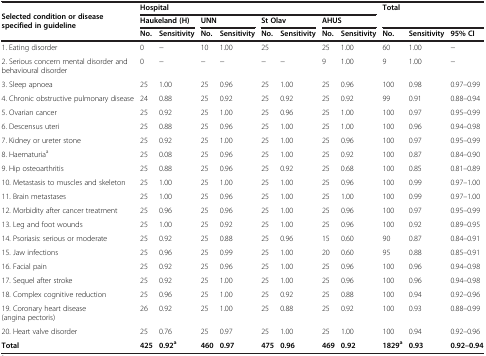
<table><thead><tr><td rowspan="3"><b>Selected condition or disease specified in guideline</b></td><td colspan="8"><b>Hospital</b></td><td rowspan="2" colspan="3"><b>Total</b></td></tr><tr><td colspan="2"><b>Haukeland (H)</b></td><td colspan="2"><b>UNN</b></td><td colspan="2"><b>St Olav</b></td><td colspan="2"><b>AHUS</b></td></tr><tr><td><b>No.</b></td><td><b>Sensitivity</b></td><td><b>No.</b></td><td><b>Sensitivity</b></td><td><b>No.</b></td><td><b>Sensitivity</b></td><td><b>No.</b></td><td><b>Sensitivity</b></td><td><b>No.</b></td><td><b>Sensitivity</b></td><td><b>95% CI</b></td></tr></thead><tbody><tr><td>1. Eating disorder</td><td>0</td><td>−</td><td>10</td><td>1.00</td><td>25</td><td></td><td>25</td><td>1.00</td><td>60</td><td>1.00</td><td>−</td></tr><tr><td>2. Serious concern mental disorder and behavioural disorder</td><td>0</td><td>−</td><td>−</td><td>−</td><td>−</td><td>−</td><td>9</td><td>1.00</td><td>9</td><td>1.00</td><td>−</td></tr><tr><td>3. Sleep apnoea</td><td>25</td><td>1.00</td><td>25</td><td>0.96</td><td>25</td><td>1.00</td><td>25</td><td>0.96</td><td>100</td><td>0.98</td><td>0.97–0.99</td></tr><tr><td>4. Chronic obstructive pulmonary disease</td><td>24</td><td>0.88</td><td>25</td><td>0.92</td><td>25</td><td>0.92</td><td>25</td><td>0.92</td><td>99</td><td>0.91</td><td>0.88–0.94</td></tr><tr><td>5. Ovarian cancer</td><td>25</td><td>0.92</td><td>25</td><td>1.00</td><td>25</td><td>0.96</td><td>25</td><td>1.00</td><td>100</td><td>0.97</td><td>0.95–0.99</td></tr><tr><td>6. Descensus uteri</td><td>25</td><td>0.88</td><td>25</td><td>0.96</td><td>25</td><td>1.00</td><td>25</td><td>1.00</td><td>100</td><td>0.96</td><td>0.94–0.98</td></tr><tr><td>7. Kidney or ureter stone</td><td>25</td><td>0.92</td><td>25</td><td>1.00</td><td>25</td><td>1.00</td><td>25</td><td>0.96</td><td>100</td><td>0.97</td><td>0.95–0.99</td></tr><tr><td>8. Haematuria<sup>a</sup></td><td>25</td><td>0.08</td><td>25</td><td>0.96</td><td>25</td><td>1.00</td><td>25</td><td>0.92</td><td>100</td><td>0.87</td><td>0.84–0.90</td></tr><tr><td>9. Hip osteoarthritis</td><td>25</td><td>0.88</td><td>25</td><td>0.96</td><td>25</td><td>0.92</td><td>25</td><td>0.68</td><td>100</td><td>0.85</td><td>0.81–0.89</td></tr><tr><td>10. Metastasis to muscles and skeleton</td><td>25</td><td>1.00</td><td>25</td><td>1.00</td><td>25</td><td>1.00</td><td>25</td><td>0.96</td><td>100</td><td>0.99</td><td>0.97–1.00</td></tr><tr><td>11. Brain metastases</td><td>25</td><td>1.00</td><td>25</td><td>0.96</td><td>25</td><td>1.00</td><td>25</td><td>1.00</td><td>100</td><td>0.99</td><td>0.97–1.00</td></tr><tr><td>12. Morbidity after cancer treatment</td><td>25</td><td>0.96</td><td>25</td><td>0.96</td><td>25</td><td>1.00</td><td>25</td><td>0.96</td><td>100</td><td>0.97</td><td>0.95–0.99</td></tr><tr><td>13. Leg and foot wounds</td><td>25</td><td>1.00</td><td>25</td><td>0.92</td><td>25</td><td>1.00</td><td>25</td><td>0.96</td><td>100</td><td>0.92</td><td>0.89–0.95</td></tr><tr><td>14. Psoriasis: serious or moderate</td><td>25</td><td>0.92</td><td>25</td><td>0.88</td><td>25</td><td>0.96</td><td>15</td><td>0.60</td><td>90</td><td>0.87</td><td>0.84–0.91</td></tr><tr><td>15. Jaw infections</td><td>25</td><td>0.96</td><td>25</td><td>0.99</td><td>25</td><td>1.00</td><td>20</td><td>0.60</td><td>95</td><td>0.88</td><td>0.85–0.91</td></tr><tr><td>16. Facial pain</td><td>25</td><td>0.92</td><td>25</td><td>0.96</td><td>25</td><td>1.00</td><td>25</td><td>0.96</td><td>100</td><td>0.96</td><td>0.94–0.98</td></tr><tr><td>17. Sequel after stroke</td><td>25</td><td>0.92</td><td>25</td><td>1.00</td><td>25</td><td>1.00</td><td>25</td><td>0.96</td><td>100</td><td>0.96</td><td>0.94–0.98</td></tr><tr><td>18. Complex cognitive reduction</td><td>25</td><td>0.96</td><td>25</td><td>1.00</td><td>25</td><td>0.92</td><td>25</td><td>0.88</td><td>100</td><td>0.94</td><td>0.92–0.96</td></tr><tr><td>19. Coronary heart disease (angina pectoris)</td><td>26</td><td>0.92</td><td>25</td><td>1.00</td><td>25</td><td>0.88</td><td>25</td><td>0.92</td><td>100</td><td>0.93</td><td>0.88–0.99</td></tr><tr><td>20. Heart valve disorder</td><td>25</td><td>0.76</td><td>25</td><td>0.97</td><td>25</td><td>1.00</td><td>25</td><td>1.00</td><td>100</td><td>0.94</td><td>0.92–0.96</td></tr><tr><td><b>Total</b></td><td><b>425</b></td><td><b>0.92</b><sup><b>a</b></sup></td><td><b>460</b></td><td><b>0.97</b></td><td><b>475</b></td><td><b>0.96</b></td><td><b>469</b></td><td><b>0.92</b></td><td><b>1829</b><sup><b>a</b></sup></td><td><b>0.93</b></td><td><b>0.92–0.94</b></td></tr></tbody></table>